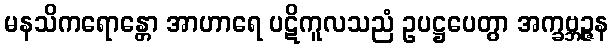
မနသိကရောန္တော အာဟာရေ ပဋိကူလသညံ ဥပဋ္ဌပေတွာ အက္ခဗ္ဘဉ္ဇန